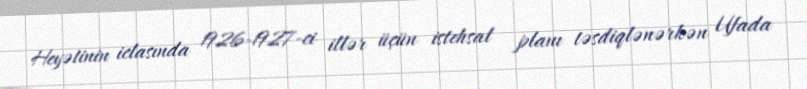
Heyətinin iclasında 1926-1927-ci illər üçün istehsal planı təsdiqlənərkən Ufada